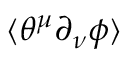
\langle \theta ^ { \mu } \partial _ { \nu } \phi \rangle